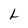
Character: L